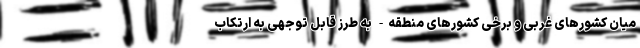
میان کشورهای غربی و برخی کشورهای منطقه- به طرز قابل توجهی به ارتکاب